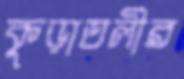
কুড়াতলীর